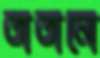
তাতানো